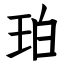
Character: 珀